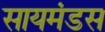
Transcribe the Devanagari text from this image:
सायमंडस